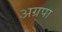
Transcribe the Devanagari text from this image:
अग्रपा